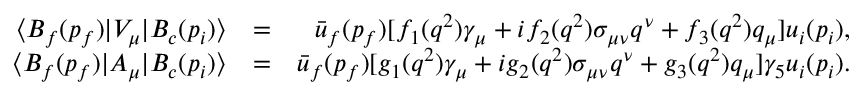
\begin{array} { r l r } { \langle { \cal B } _ { f } ( p _ { f } ) | V _ { \mu } | { \cal B } _ { c } ( p _ { i } ) \rangle } & { = } & { \bar { u } _ { f } ( p _ { f } ) [ f _ { 1 } ( q ^ { 2 } ) \gamma _ { \mu } + i f _ { 2 } ( q ^ { 2 } ) \sigma _ { \mu \nu } q ^ { \nu } + f _ { 3 } ( q ^ { 2 } ) q _ { \mu } ] u _ { i } ( p _ { i } ) , } \\ { \langle { \cal B } _ { f } ( p _ { f } ) | A _ { \mu } | { \cal B } _ { c } ( p _ { i } ) \rangle } & { = } & { \bar { u } _ { f } ( p _ { f } ) [ g _ { 1 } ( q ^ { 2 } ) \gamma _ { \mu } + i g _ { 2 } ( q ^ { 2 } ) \sigma _ { \mu \nu } q ^ { \nu } + g _ { 3 } ( q ^ { 2 } ) q _ { \mu } ] \gamma _ { 5 } u _ { i } ( p _ { i } ) . } \end{array}